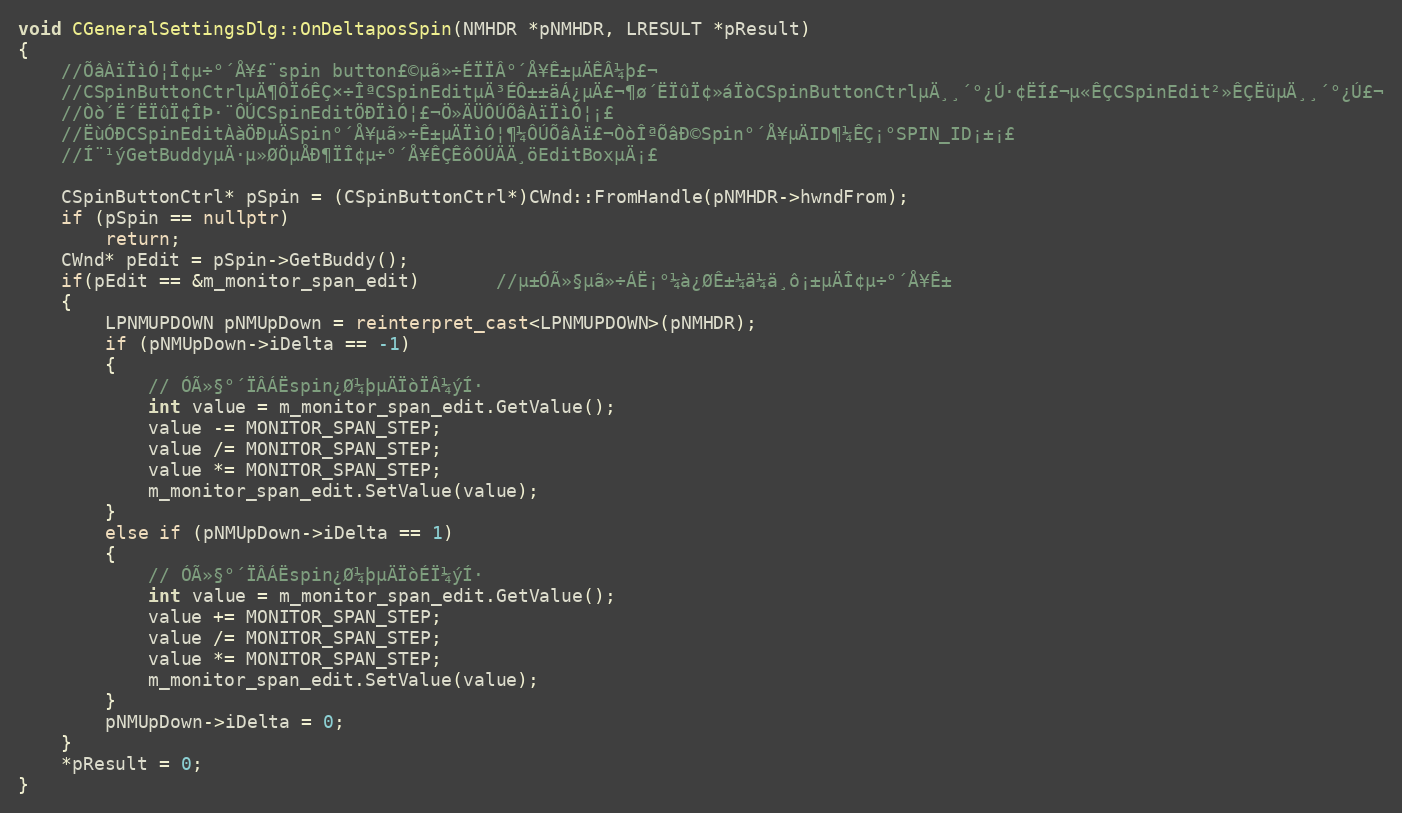
Language: C++
void CGeneralSettingsDlg::OnDeltaposSpin(NMHDR *pNMHDR, LRESULT *pResult)
{
    //ÕâÀïÏìÓ¦Î¢µ÷°´Å¥£¨spin button£©µã»÷ÉÏÏÂ°´Å¥Ê±µÄÊÂ¼þ£¬
    //CSpinButtonCtrlµÄ¶ÔÏóÊÇ×÷ÎªCSpinEditµÄ³ÉÔ±±äÁ¿µÄ£¬¶ø´ËÏûÏ¢»áÏòCSpinButtonCtrlµÄ¸¸´°¿Ú·¢ËÍ£¬µ«ÊÇCSpinEdit²»ÊÇËüµÄ¸¸´°¿Ú£¬
    //Òò´Ë´ËÏûÏ¢ÎÞ·¨ÔÚCSpinEditÖÐÏìÓ¦£¬Ö»ÄÜÔÚÕâÀïÏìÓ¦¡£
    //ËùÓÐCSpinEditÀàÖÐµÄSpin°´Å¥µã»÷Ê±µÄÏìÓ¦¶¼ÔÚÕâÀï£¬ÒòÎªÕâÐ©Spin°´Å¥µÄID¶¼ÊÇ¡°SPIN_ID¡±¡£
    //Í¨¹ýGetBuddyµÄ·µ»ØÖµÅÐ¶ÏÎ¢µ÷°´Å¥ÊÇÊôÓÚÄÄ¸öEditBoxµÄ¡£

    CSpinButtonCtrl* pSpin = (CSpinButtonCtrl*)CWnd::FromHandle(pNMHDR->hwndFrom);
    if (pSpin == nullptr)
        return;
    CWnd* pEdit = pSpin->GetBuddy();
    if(pEdit == &m_monitor_span_edit)       //µ±ÓÃ»§µã»÷ÁË¡°¼à¿ØÊ±¼ä¼ä¸ô¡±µÄÎ¢µ÷°´Å¥Ê±
    {
        LPNMUPDOWN pNMUpDown = reinterpret_cast<LPNMUPDOWN>(pNMHDR);
        if (pNMUpDown->iDelta == -1)
        {
            // ÓÃ»§°´ÏÂÁËspin¿Ø¼þµÄÏòÏÂ¼ýÍ·
            int value = m_monitor_span_edit.GetValue();
            value -= MONITOR_SPAN_STEP;
            value /= MONITOR_SPAN_STEP;
            value *= MONITOR_SPAN_STEP;
            m_monitor_span_edit.SetValue(value);
        }
        else if (pNMUpDown->iDelta == 1)
        {
            // ÓÃ»§°´ÏÂÁËspin¿Ø¼þµÄÏòÉÏ¼ýÍ·
            int value = m_monitor_span_edit.GetValue();
            value += MONITOR_SPAN_STEP;
            value /= MONITOR_SPAN_STEP;
            value *= MONITOR_SPAN_STEP;
            m_monitor_span_edit.SetValue(value);
        }
        pNMUpDown->iDelta = 0;
    }
    *pResult = 0;
}